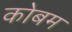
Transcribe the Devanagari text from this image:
कोबम